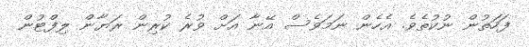
ފަހަތުން ނުކުތެވެ. އެހެން ނަމަވެސް އޭނާ އަށް ވުރެ ކުރިން ރަޔާން ލިފްޓުން